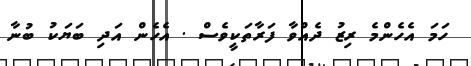
ހަމަ އެހެންމެ ރިޒު ދެއްވާ ފަރާތަކީވެސް . އެހެން އަދި ބަޔަކު ބުނާ